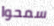
سمحوا